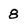
Character: 8